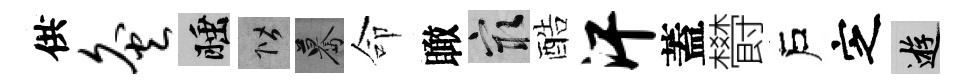
供灸睡階驀命瞰冣酷汗蓋欎戶㝎游